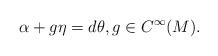
LaTeX: \begin{align*}\alpha + g\eta = d \theta, g \in C^\infty(M).\end{align*}